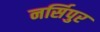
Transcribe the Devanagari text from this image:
नर्सिपुर